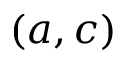
( a , c )